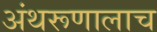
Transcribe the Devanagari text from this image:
अंथरूणालाच